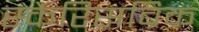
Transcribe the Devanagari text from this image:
स्कैरिसब्रिक